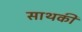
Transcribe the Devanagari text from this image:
साथकी